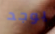
يوجد